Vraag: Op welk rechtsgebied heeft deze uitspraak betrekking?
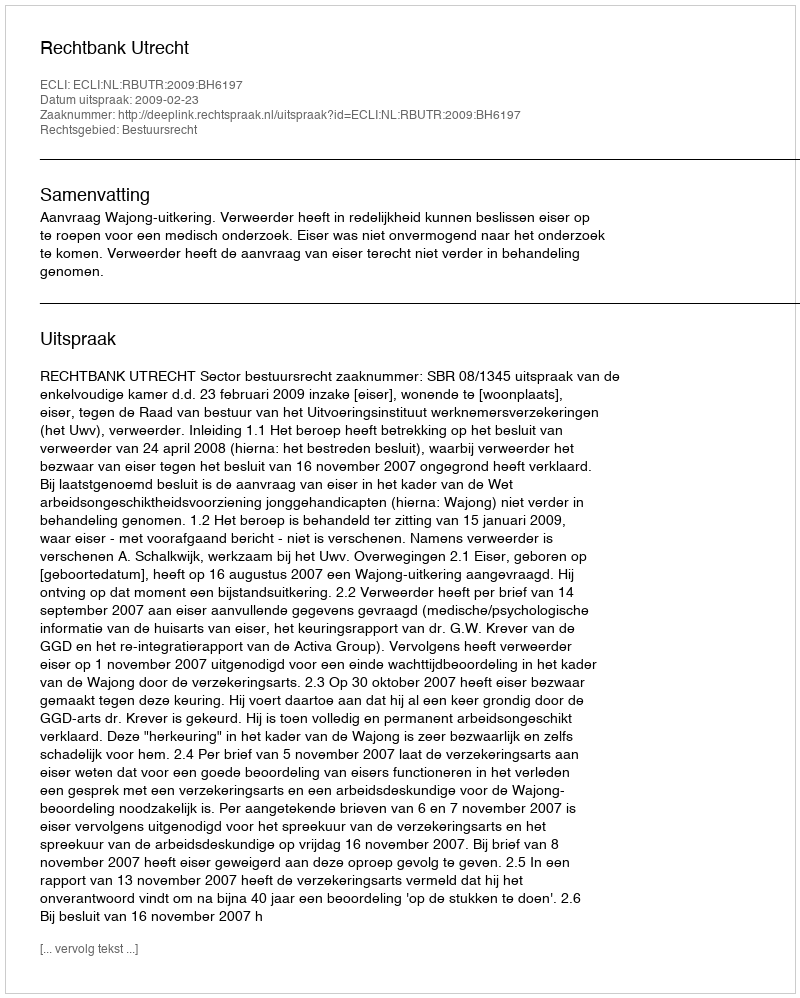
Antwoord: Bestuursrecht